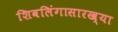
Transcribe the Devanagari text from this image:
शिवलिंगासारख्या